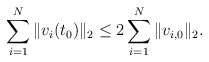
\begin{align*}\sum_{i=1}^{N}\|v_i(t_0)\|_2 \leq 2\sum_{i=1}^{N}\|v_{i,0}\|_2.\end{align*}